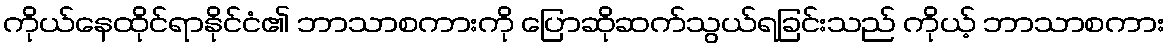
ကိုယ်နေထိုင်ရာနိုင်ငံ၏ ဘာသာစကားကို ပြောဆိုဆက်သွယ်ရခြင်းသည် ကိုယ့် ဘာသာစကား